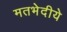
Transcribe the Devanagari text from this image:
मतभेदीये